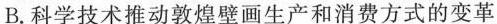
B.科学技术推动敦煌壁画生产和消费方式的变革